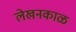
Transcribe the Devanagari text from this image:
लेखनकाळ